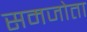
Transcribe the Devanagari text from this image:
समजोता